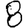
Digit: 8